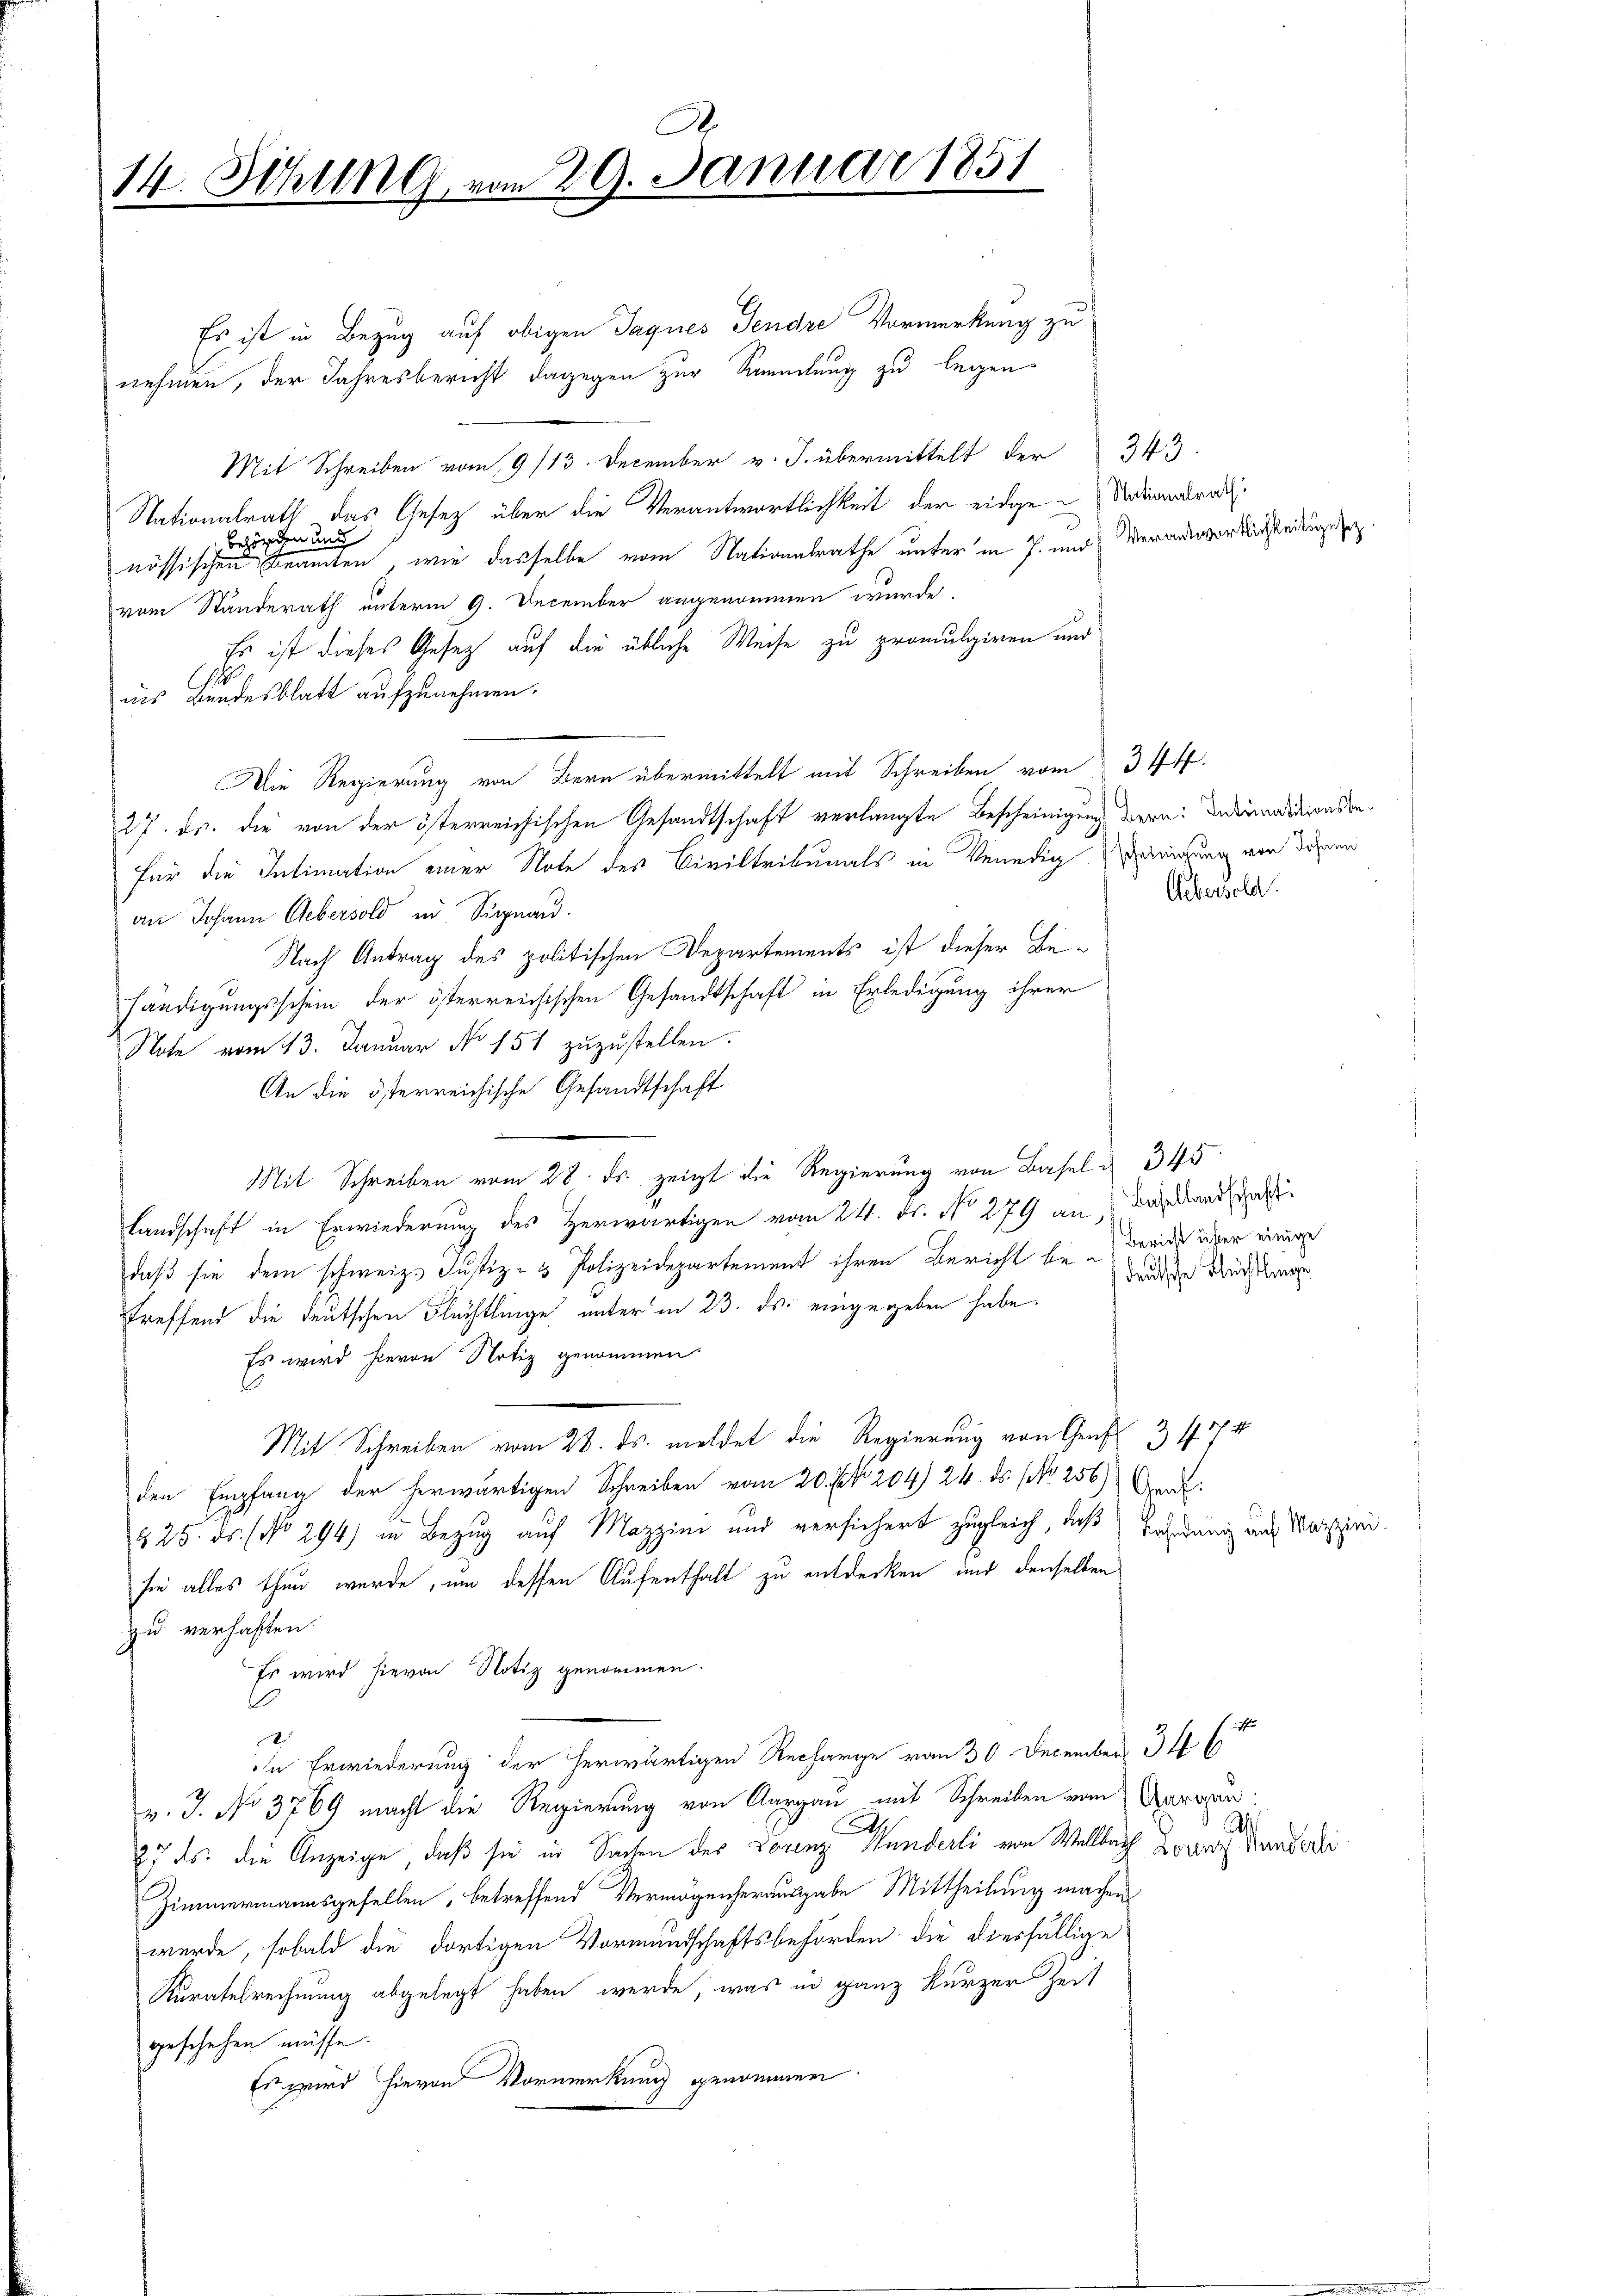
14. Sitzung, e

Es ist in Bezug auf obigen Tagues Sendre Vormerkung zu
nehmen, der Jahresbericht dagegen zur Sammlung zu legen
Mit Schreiben vom 9/13. December v. J. übermittelt der 343.
Nationalrath das Gesetz über die Verantwortlichkeit der eidge-Mediandrat
behörden und
nössischen Beamten, wie dasselbe vom Nationalrathe unter in J. und Verantwortlichkeitige
vom Standerath unterm 9. December angenommen wurde.
Es ist dieses Gesetz auf die übliche Weise zu promulgiren und
14
ins Bandesblatt aufzunehmen.
Die Regierung von Bern übermittelt mit Schreiben vom 34 ff.
27. ds. die von der österreichischen Gesandtschaft verlangte Bescheinigung dere: Indienditionsbefür die Intimation einer Note des Civiltribunals in Venedig einigung von Jahren
an Johann Gebersold in Signau.
Nach Antrag des politischen Departements ist dieser Behändigungsschein der österreichischen Gesandtschaft in Erledigung ihrer
Note vom 13. Januar No 151 zuzustellen.
An die österreichische Gesandtschaft
Mit Schreiben vom 28. ds. zeigt die Regierung von Basel 345
Landschaft in Erwiederung des Herwärtigen vom 24. Fr. No 279 an Basellandsat
daß sie dem schweiz. Justiz- & Polizeidepartement ihren Bericht bedeute Nüchtige
treffend die deutschen Flüchtlinge unter in 23. ds. eingegeben habe.
Es wird hievon Notiz genommen.
Mit Schreiben vom 28. ds. meldet die Regierung von Genf 3474
den Empfang der herwärtigen Schreiben vom 20. No. 204) 24. ds. (Nr. 256) And
§25. ds. (No 294) in Bezug auf Mazzini und versichert zugleich, daß
sie alles thun wurde, um dessen Aufenthalt zu entdecken und denselben
zu verhaften.
Es wird hievon Notiz genommen.
In Erwiederung der herwärtigen Recharge vom 30 December 34 l
v. J. No 3769 macht die Regierung von Aargau mit Schreiben vom Garan
.
27 ds. die Anzeige, daß sie in Sachen des Lorenz Wunderli von Wellbach Loren Kunderli
Zimmermannsgesellen, betreffend Vermögenherausgabe Mittheilung machen.
wurde, sobald die dortigen Vormundschaftsbehörden die diesfällige
Kuratelrechnung abgelegt haben werde, was in ganz kurzer Zeit
geschehen müsse.
Es wird hievon Vormerkung genommen

A.
Januar 1851
.

Uebersold.

Bericht über einige

Bahndung auf Mazzini.

A